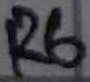
Text: R6